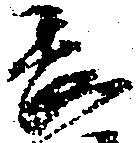
長